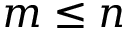
m \leq n